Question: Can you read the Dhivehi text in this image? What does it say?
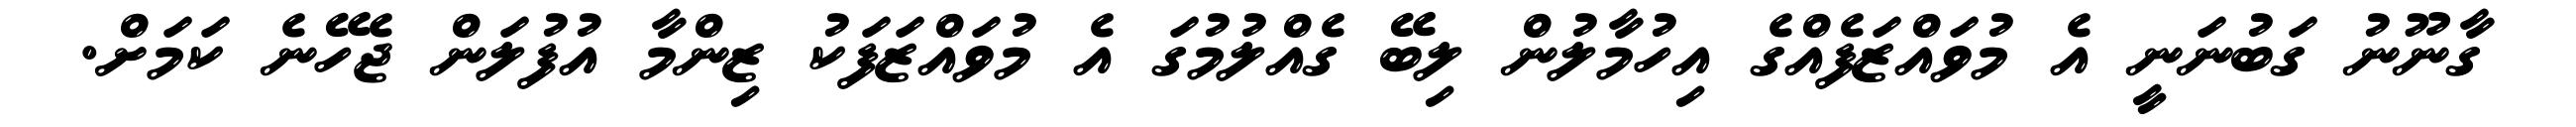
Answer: ގާނޫނު ގަބުނަނީ އެ މުވައްޒަފެއްގެ އިހުމާލުން ލިބޭ ގެއްލުމުގަ އެ މުވައްޒަފަކު ޒިންމާ އުފުލަން ޖެހޭނެ ކަމަށް.